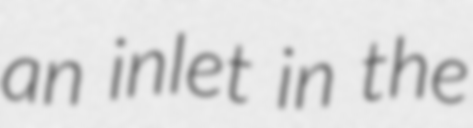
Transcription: an inlet in the